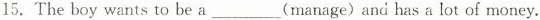
15.The boy wants to be a___(manage) and has a lot of money.